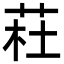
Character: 荰